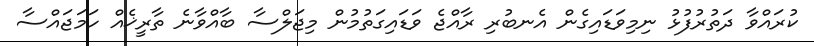
ކުރައްވާ ދަތުރުފުޅު ނިމިވަޑައިގެން އެނބުރި ރާއްޖެ ވަޑައިގަތުމުން މިޖަލްސާ ބާއްވާނެ ތާރީޚެއް ހަމަޖައްސާ